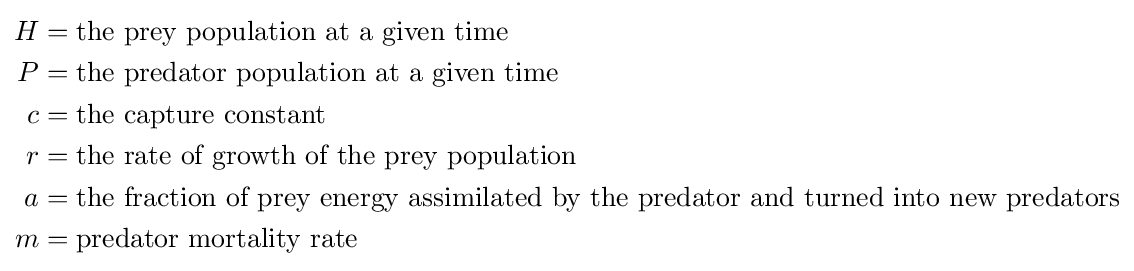
{\begin{aligned}H&={\text{the prey population at a given time}}\\P&={\text{the predator population at a given time}}\\c&={\text{the capture constant}}\\r&={\text{the rate of growth of the prey population}}\\a&={\text{the fraction of prey energy assimilated by the predator and turned into new predators}}\\m&={\text{predator mortality rate}}\\\end{aligned}}